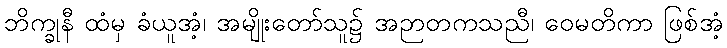
ဘိက္ခုနီ ထံမှ ခံယူအံ့၊ အမျိုးတော်သူ၌ အဉာတကသညီ၊ ဝေမတိကာ ဖြစ်အံ့